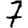
Digit: 7